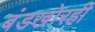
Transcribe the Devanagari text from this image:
बंडखोरही